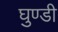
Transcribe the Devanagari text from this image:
घुण्डी